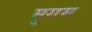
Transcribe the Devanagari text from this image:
मुगम